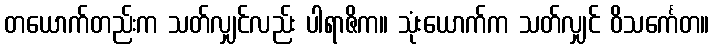
တယောက်တည်းက သတ်လျှင်လည်း ပါရာဇိက။ သုံးယောက်က သတ်လျှင် ဝိသင်္ကေတ။